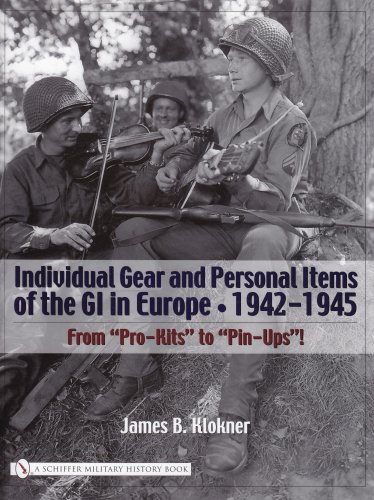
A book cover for Individual Gear And Personal Items Of The Gi In Europe, 1942-1945 (Schiffer Military History Book); James B. Klokner; Crafts, Hobbies & Home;